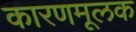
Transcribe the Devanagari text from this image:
कारणमूलक